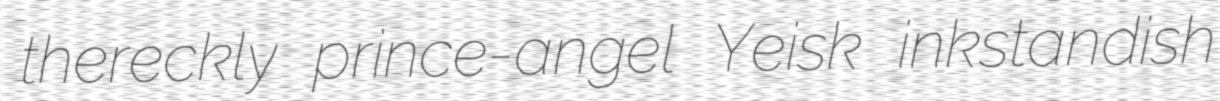
thereckly prince-angel Yeisk inkstandish